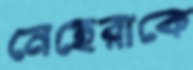
নেহেরাকে